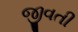
જીવતી